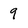
Character: 9